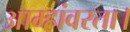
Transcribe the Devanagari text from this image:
आम्हांवरता।